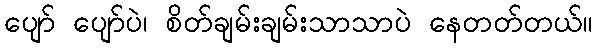
ပျော် ပျော်ပဲ၊ စိတ်ချမ်းချမ်းသာသာပဲ နေတတ်တယ်။